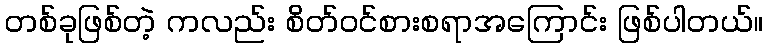
တစ်ခုဖြစ်တဲ့ ကလည်း စိတ်ဝင်စားစရာအကြောင်း ဖြစ်ပါတယ်။